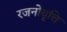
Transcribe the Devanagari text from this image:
रजनोवृत्ति